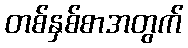
တစ်နှစ်စာအတွက်